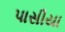
પાસીયા